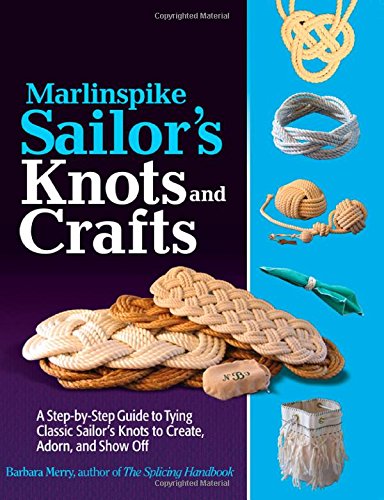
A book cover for Marlinspike Sailor's Arts  and Crafts: A Step-by-Step Guide to Tying Classic Sailor's Knots to Create, Adorn, and Show Off; Barbara Merry; Crafts, Hobbies & Home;